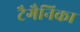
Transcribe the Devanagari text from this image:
टैगैनिका